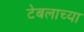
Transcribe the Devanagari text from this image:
टेबलाच्या